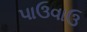
પાઉવાઉ